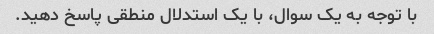
با توجه به یک سوال، با یک استدلال منطقی پاسخ دهید.